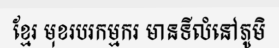
ខ្មែរ មុខរបរកម្មករ មានទីលំនៅភូមិ